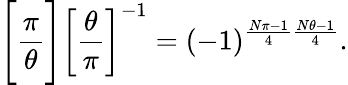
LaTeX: {\Bigg[}{\frac{\pi}{\theta}}{\Bigg]}\left[{\frac{\theta}{\pi}}\right]^{-1}=(-1)^{{\frac{N\pi-1}{4}}{\frac{N\theta-1}{4}}}.